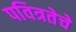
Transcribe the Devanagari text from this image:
पवित्रतेचे